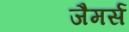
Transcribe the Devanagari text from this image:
जैमर्स